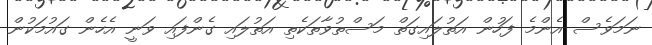
ނަމަވެސް އެންމެ ފަހުން އަތުލައިގަތް މަސްތުވާތަކެތި އަތުލައި ގެންފައި ވަނީ އެހެން ގައުމަކުން